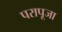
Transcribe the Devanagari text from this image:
परापूजा